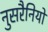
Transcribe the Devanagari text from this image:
नुसरैनियों